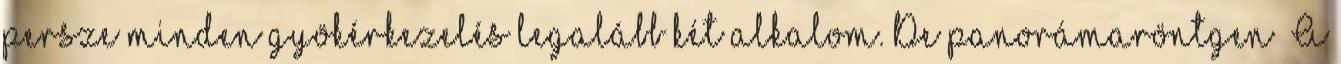
persze minden gyökérkezelés legalább két alkalom. De panorámaröntgen A